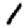
Digit: 1